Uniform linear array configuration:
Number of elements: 48
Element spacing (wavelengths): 0.25
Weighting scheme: uniform
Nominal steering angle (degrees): -45
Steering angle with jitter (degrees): -45.6
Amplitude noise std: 0.05
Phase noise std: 0.05

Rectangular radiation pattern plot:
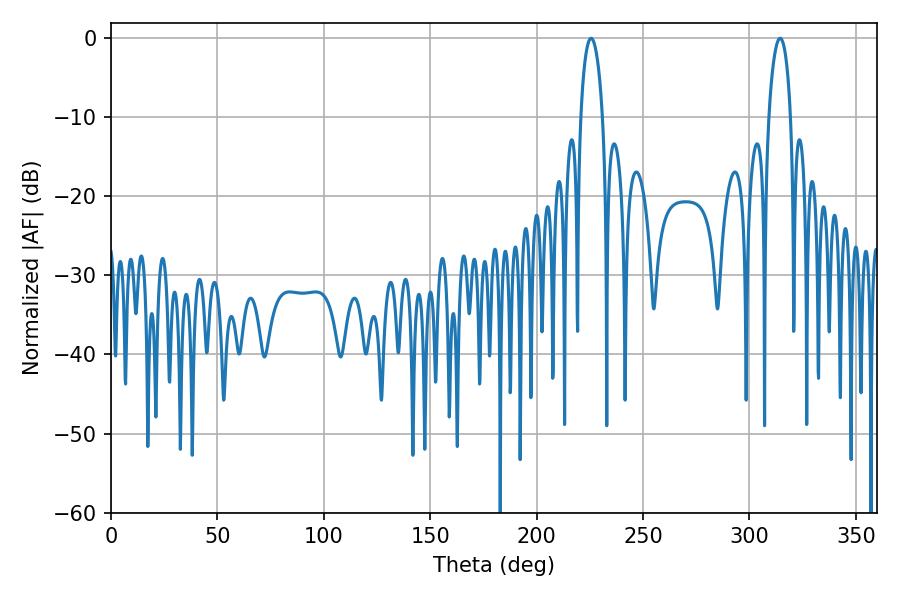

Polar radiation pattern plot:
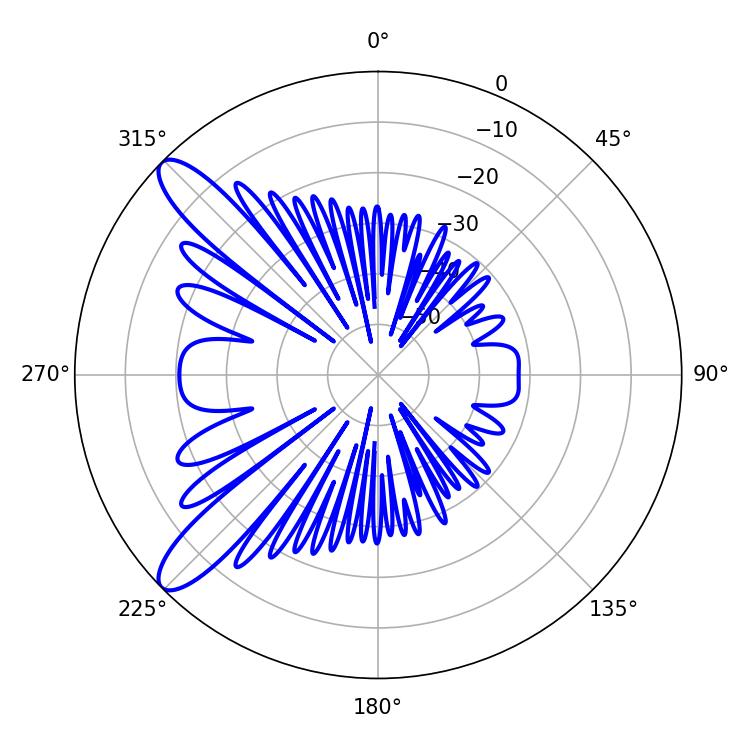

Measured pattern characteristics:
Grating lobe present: FALSE
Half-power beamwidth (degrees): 5.94
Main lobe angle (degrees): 225.54